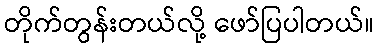
တိုက်တွန်းတယ်လို့ ဖော်ပြပါတယ်။